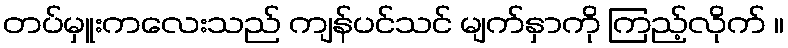
တပ်မှူးကလေးသည် ကျန်ပင်သင် မျက်နှာကို ကြည့်လိုက် ။